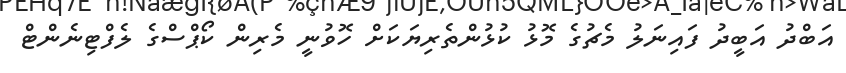
އަބްދު އަބީދު ފައިނަލު މެޗުގެ މޮޅު ކުޅުންތެރިޔަކަށް ހޮވުނީ މެރިން ކޯޕްސްގެ ލެފްޓިނެންޓް